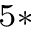
^ { 5 * }